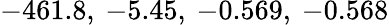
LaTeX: -461.8,\: -5.45,\: -0.569,\: -0.568